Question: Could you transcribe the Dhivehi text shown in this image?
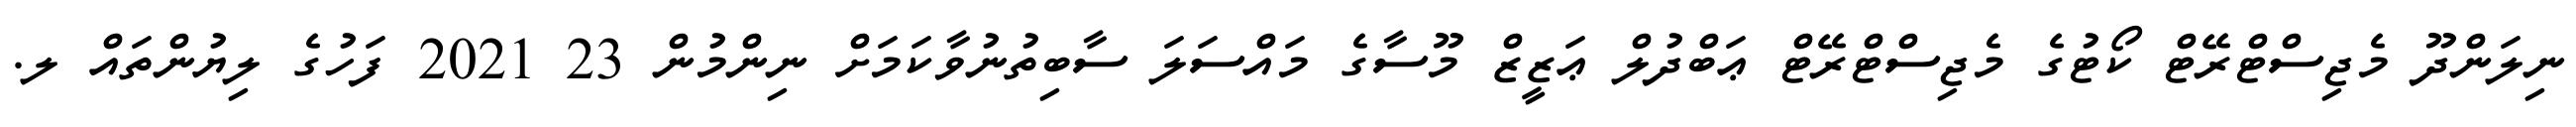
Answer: ނިލަންދޫ މެޖިސްޓްރޭޓް ކޯޓުގެ މެޖިސްޓްރޭޓް ޢަބްދުލް ޢަޒީޒް މޫސާގެ މައްސަލަ ސާބިތުނުވާކަމަށް ނިންމުން 23 2021 ފަހުގެ ލިޔުންތައް ލ.